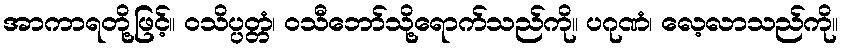
အာကာရတို့ဖြင့်။ ဝသိပ္ပတ္တံ၊ ဝသီဘော်သို့ရောက်သည်ကို။ ပဂုဏံ၊ လေ့လာသည်ကို။